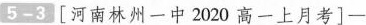
5-3 [河南林州一中2020高一上月考]一